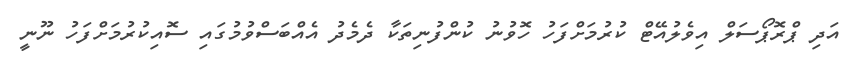
އަދި ޕްރޮޕޯސަލް އިވެލުއޭޓް ކުރުމަށްފަހު ހޮވުނު ކުންފުނިތަކާ ދެމެދު އެއްބަސްވުމުގައި ސޮއިކުރުމަށްފަހު ނޫނީ